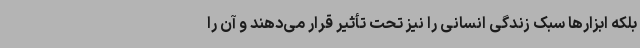
بلکه ابزارها سبک زندگی انسانی را نیز تحت تأثیر قرار می‌دهند و آن را